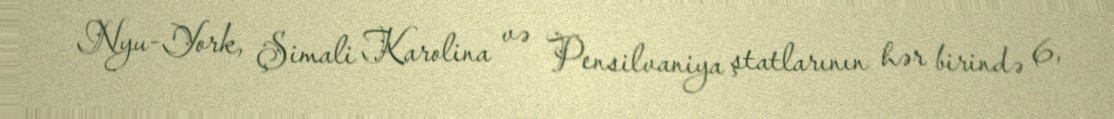
Nyu-York, Şimali Karolina və Pensilvaniya ştatlarının hər birində 6,